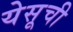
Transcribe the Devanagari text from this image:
येसूची